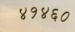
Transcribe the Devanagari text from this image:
४१४६०